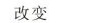
改变